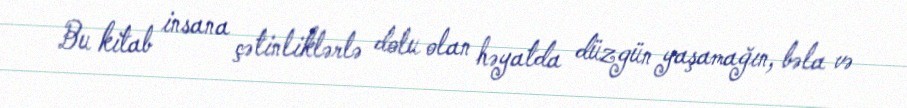
Bu kitab insana çətinliklərlə dolu olan həyatda düzgün yaşamağın, bəla və